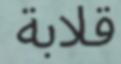
قلابة